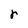
Character: r